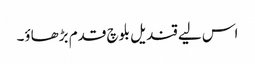
اس لیے قندیل بلوچ قدم بڑھاؤ۔